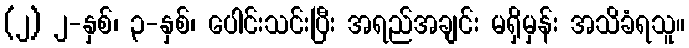
(၂) ၂-နှစ်၊ ၃-နှစ်၊ ပေါင်းသင်းပြီး အရည်အချင်း မရှိမှန်း အသိခံရသူ။